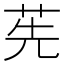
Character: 𦭶